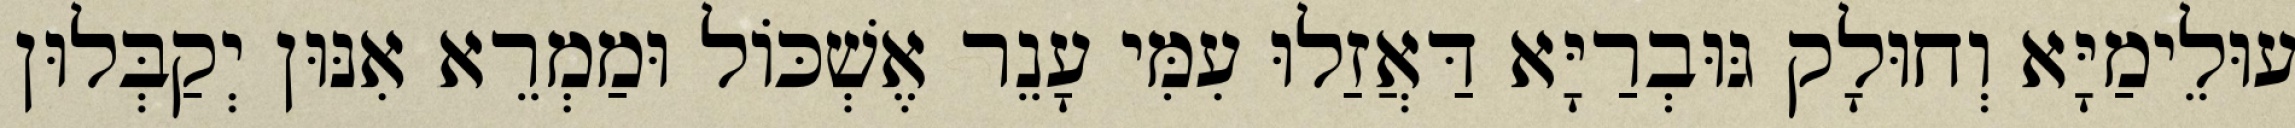
עוּלֵימַיָּא וְחוּלָק גּוּבְרַיָּא דַּאֲזַלוּ עִמִּי עָנֵר אֶשְׁכּוֹל וּמַמְרֵא אִנּוּן יְקַבְּלוּן